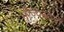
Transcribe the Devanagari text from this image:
भोज्यस्रोतों